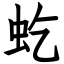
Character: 虼